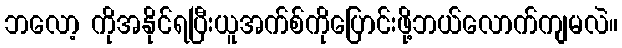
ဘလော့ ကိုအနိုင်ရပြီးယူအက်စ်ကိုပြောင်းဖို့ဘယ်လောက်ကျမလဲ။